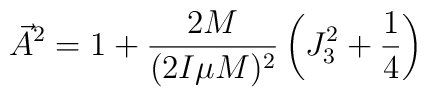
\vec{A}^2 = 1+\frac{2M}{(2I\mu M)^2} \left(J_3^2+\frac{1}{4}\right)